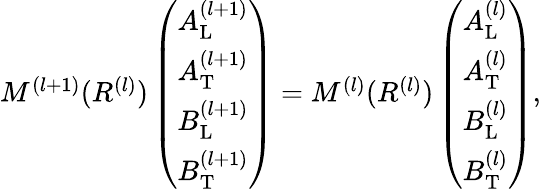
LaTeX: \begin{array}{r}{M^{(l+1)}(R^{(l)})\left(\begin{array}{l}{A_{\mathrm{L}}^{(l+1)}}\\ {A_{\mathrm{T}}^{(l+1)}}\\ {B_{\mathrm{L}}^{(l+1)}}\\ {B_{\mathrm{T}}^{(l+1)}}\end{array}\right)=M^{(l)}(R^{(l)})\left(\begin{array}{l}{A_{\mathrm{L}}^{(l)}}\\ {A_{\mathrm{T}}^{(l)}}\\ {B_{\mathrm{L}}^{(l)}}\\ {B_{\mathrm{T}}^{(l)}}\end{array}\right),}\end{array}